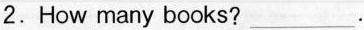
2.How many books?___.